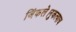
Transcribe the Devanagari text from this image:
जिंकले।नुकत्याच